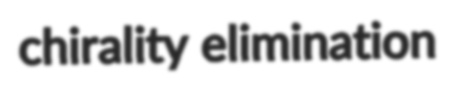
chirality elimination